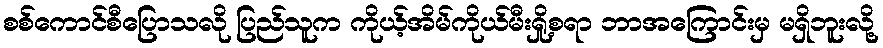
စစ်ကောင်စီပြောသလို ပြည်သူက ကိုယ့်အိမ်ကိုယ်မီးရှို့စရာ ဘာအကြောင်းမှ မရှိဘူးလို့